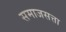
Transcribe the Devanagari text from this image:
समाजसत्ता